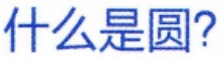
什么是圆?